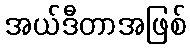
အယ်ဒီတာအဖြစ်